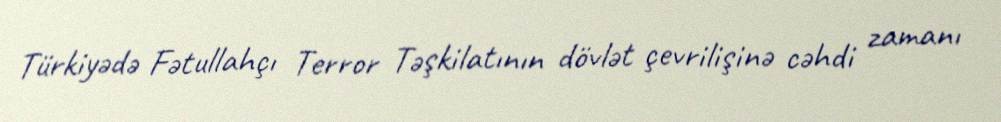
Türkiyədə Fətullahçı Terror Təşkilatının dövlət çevrilişinə cəhdi zamanı